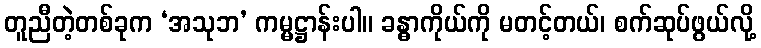
တူညီတဲ့တစ်ခုက ‘အသုဘ’ ကမ္မဋ္ဌာန်းပါ။ ခန္ဓာကိုယ်ကို မတင့်တယ်၊ စက်ဆုပ်ဖွယ်လို့